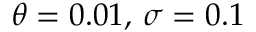
\theta = 0 . 0 1 , \, \sigma = 0 . 1